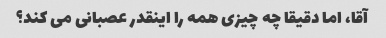
آقا، اما دقیقا چه چیزی همه را اینقدر عصبانی می کند؟